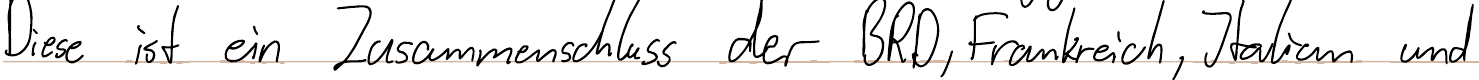
Diese ist ein Zusammenschluss der BRD, Frankreich, Italien und